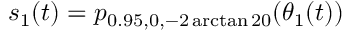
s _ { 1 } ( t ) = p _ { 0 . 9 5 , 0 , - 2 \arctan 2 0 } ( \theta _ { 1 } ( t ) )